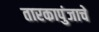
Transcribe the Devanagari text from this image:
तारकापुंजाचे